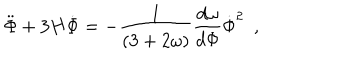
LaTeX: { { \ddot { \Phi } + 3 H \dot { \Phi } = - { \frac { 1 } { ( 3 + 2 \omega ) } } { \frac { d \omega } { d \Phi } } \dot { \Phi } ^ { 2 } } \ \ , }